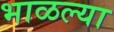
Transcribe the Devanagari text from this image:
भाळल्या